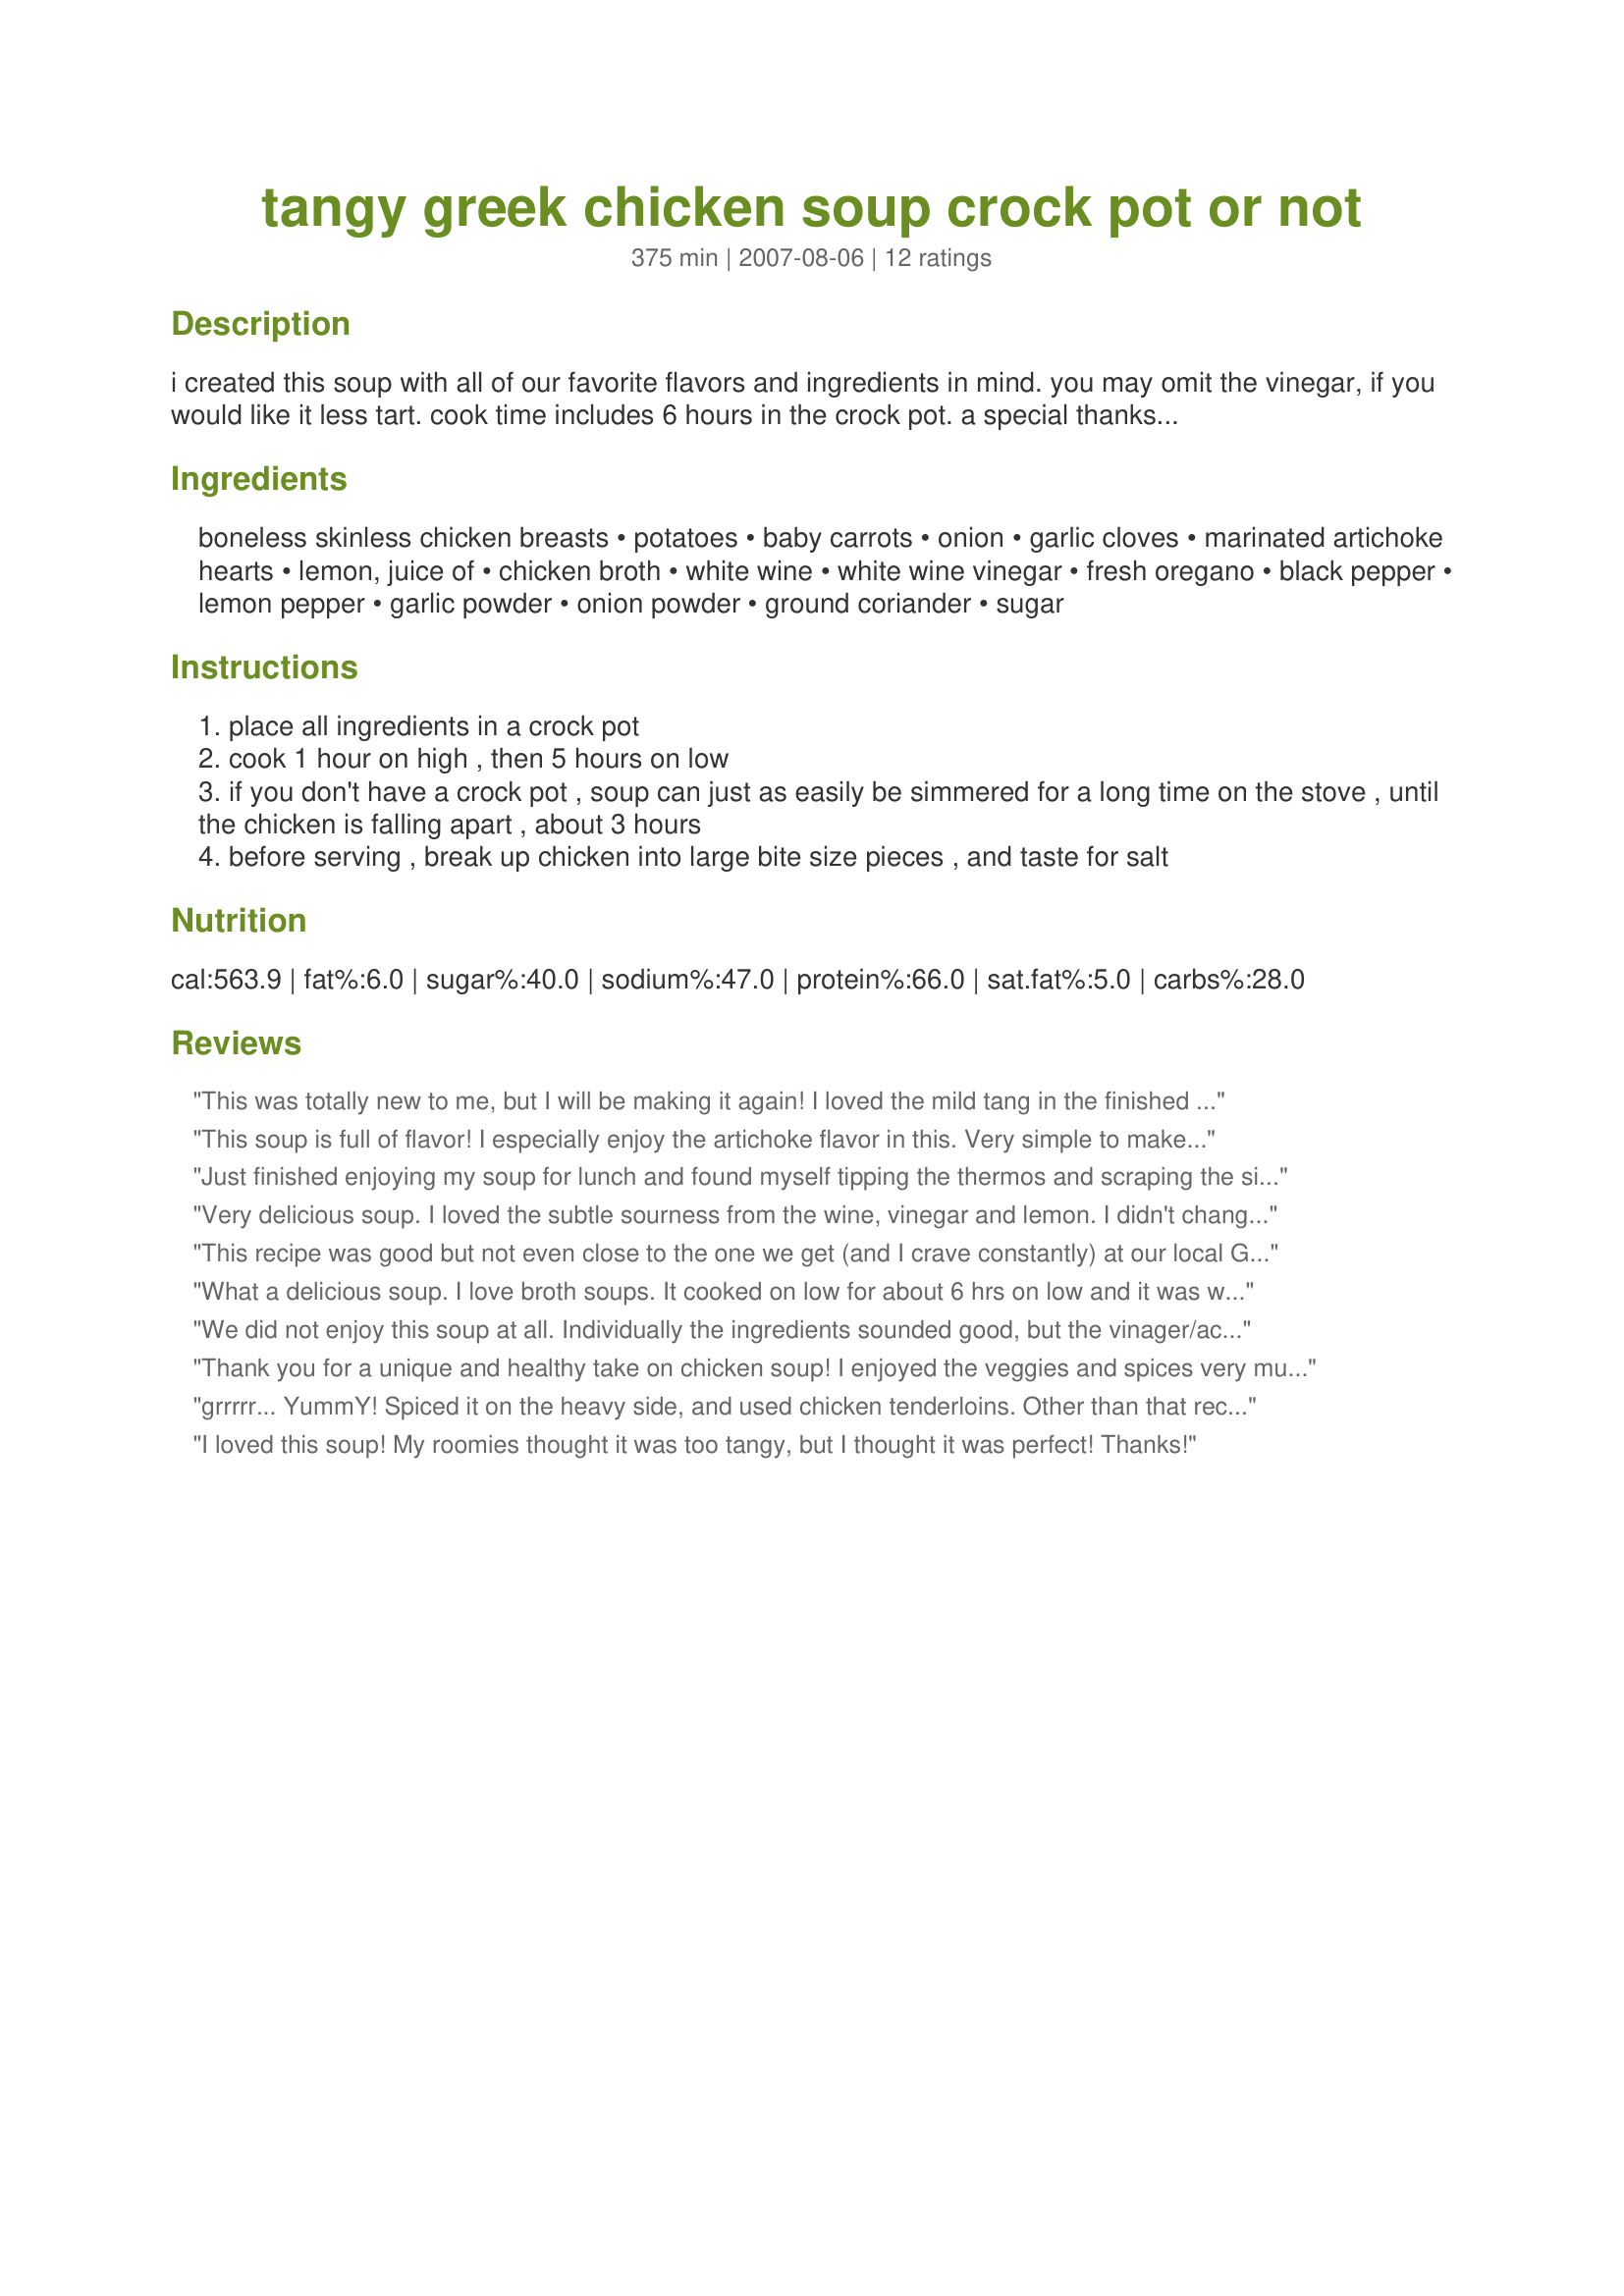
tangy greek chicken soup crock pot or not
Preparation time: 375 minutes

i created this soup with all of our favorite flavors and ingredients in mind. you may omit the vinegar, if you would like it less tart. cook time includes 6 hours in the crock pot. a special thanks to susie d for including this in her best of 2016 collection!

Ingredients:
boneless skinless chicken breasts, potatoes, baby carrots, onion, garlic cloves, marinated artichoke hearts, lemon, juice of, chicken broth, white wine, white wine vinegar, fresh oregano, black pepper, lemon pepper, garlic powder, onion powder, ground coriander, sugar

Steps:
place all ingredients in a crock pot
cook 1 hour on high , then 5 hours on low
if you don't have a crock pot , soup can just as easily be simmered for a long time on the stove , until the chicken is falling apart , about 3 hours
before serving , break up chicken into large bite size pieces , and taste for salt

Reviews:
This was totally new to me, but I will be making it again! I loved the mild tang in the finished soup. I started with precooked chunks of chicken and then used the crockpot method. At the end I was rewarded with amazing soup. Yum! i'm glad I went ahead and made the full pot so I can have more for lunch today. I did thicken it slightly with cornstarch. Next time I would add some color (red peppers? ) Served with garlic toast and a cucumber salad.
This soup is full of flavor! I especially enjoy the artichoke flavor in this. Very simple to make. I halved the recipe (for 2 servings) and wound up with plenty to spare! I simmered in a dutch oven for 2+ hrs. I used "better than boullion" for the broth, and distilled white vinegar. For personal taste, next time I'll cut down the amount of oregano. Thanks for another nice recipe Maito. ~Buddha
Just finished enjoying my soup for lunch and found myself tipping the thermos and scraping the sides in order to savor every morsel. The combination of the lemon, wine and vinegar (and the herbs) married into a tangy and rich base that showcased each of the soup components turning a "fix-it and forget it" preparation into an unforgettable meal. I made three smallish changes, none of which diminished the results: used bullion instead of broth and replaced the marinated artichokes with the plain canned variety. In both instances, my choice to use the higher amounts of the herbs ans spices along with 1 tablespoon of fresh chopped Greek oregano compensated nicely. Thanks.
Very delicious soup. I loved the subtle sourness from the wine, vinegar and lemon. I didn't change a thing. I just didn't use skinless breasts, but used chicken parts instead, which probably made the broth richer. Thanks for such a nice soup Maito.
This recipe was good but not even close to the one we get (and I crave constantly) at our local Greek restaurant. I wouldn't make again (being very particular about soups).
What a delicious soup. I love broth soups. It cooked on low for about 6 hrs on low and it was well cooked in that time. It's flavor is on the acidic side but it's quite pleasant and a welcome change from the usual chicken soup. The artichoke is yumm but I did trim back on the vinegar by half. This soup and a toasted bun made a great Fall dinner.
We did not enjoy this soup at all. Individually the ingredients sounded good, but the vinager/acid was way to strong. I brought some for lunch thinking it might have mellowed out over night, but I still can't take more than a few bites. there is nothing subtle about the sourness of this soup. I followed the recipe exactly. I will not make again.
Thank you for a unique and healthy take on chicken soup! I enjoyed the veggies and spices very much. The crock pot method worked beautifully. Next time, I'll cut back on both the lemon and vinegar, due to personal preference. Thank you!
grrrrr... YummY! Spiced it on the heavy side, and used chicken tenderloins. Other than that recipe went unchanged and was excellent! That touch of tangy-ness is exactly what chicken soup needs these days. Thanks Maito!
I loved this soup! My roomies thought it was too tangy, but I thought it was perfect! Thanks!
This was so tangy and delicious! I used a whole can of drained artichoke hearts and skipped the coriander and the sugar, too. As for the rest of the spices, I just threw in whatever amounts seemed appropriate. And I had to use white balsamic vinegar, which I cut down to 1/4 cup since it is so strong. I will definitely make this again!
I LOVED this soup unfortunately my husband did not. I was out of coriander otherwise I used 1/4 t on each of the spices listed.
